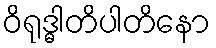
ဝိရုဒ္ဓါတိပါတိနော